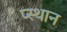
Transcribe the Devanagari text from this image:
प्स्थान